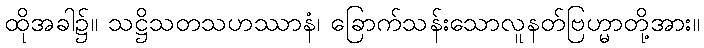
ထိုအခါ၌။ သဋ္ဌိသတသဟဿာနံ၊ ခြောက်သန်းသောလူနတ်ဗြဟ္မာတို့အား။